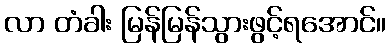
လာ တံခါး မြန်မြန်သွားဖွင့်ရအောင်။